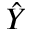
\hat { Y }